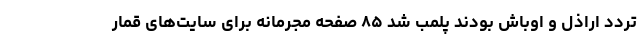
تردد اراذل و اوباش بودند پلمب شد ۸۵ صفحه مجرمانه برای سایت‌های قمار